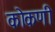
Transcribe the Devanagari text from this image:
कॊकणी